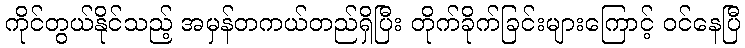
ကိုင်တွယ်နိုင်သည့် အမှန်တကယ်တည်ရှိပြီး တိုက်ခိုက်ခြင်းများကြောင့် ဝင်နေပြီ